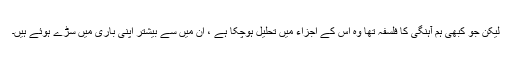
لیکن جو کبھی ہم آہنگی کا فلسفہ تھا وہ اس کے اجزاء میں تحلیل ہوچکا ہے ، ان میں سے بیشتر اپنی باری میں سڑے ہوئے ہیں۔